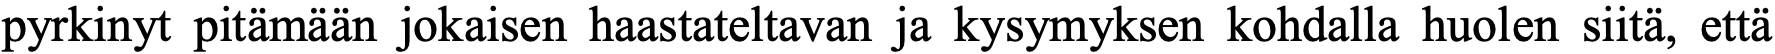
pyrkinyt pitämään jokaisen haastateltavan ja kysymyksen kohdalla huolen siitä, että